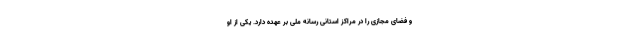
و فضای مجازی را در مراکز استانی رسانه ملی بر عهده دارد. یکی از او